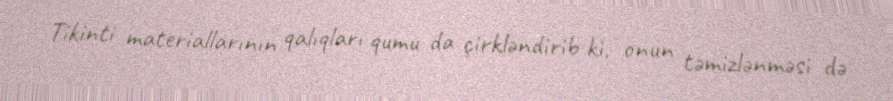
Tikinti materiallarının qalıqları qumu da çirkləndirib ki, onun təmizlənməsi də